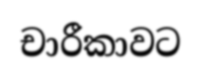
චාරීකාවට